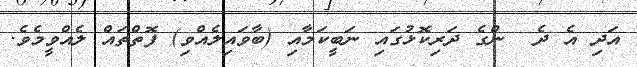
އަދި އެ ދެ  ންގެ ދަރިކޮޅުގައި ނަބީކަމާއި (ބާވައިލެއްވި) ފޮތްތައް ލެއްވީމެވެ.